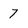
Character: 7